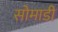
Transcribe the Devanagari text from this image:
सोमाडी